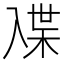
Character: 𰃜